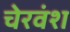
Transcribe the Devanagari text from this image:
चेरवंश